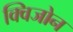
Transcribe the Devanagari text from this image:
क्विजोन